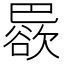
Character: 𱜠